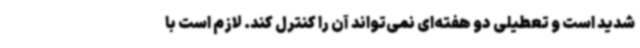
شدید است و تعطیلی دو هفته‌ای نمی‌تواند آن را کنترل کند. لازم است با